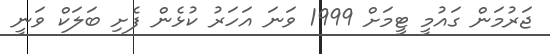
ޖަރުމަން ގައުމީ ޓީމަށް 1999 ވަނަ އަހަރު ކުޅެން ފެށި ބަލަކް ވަނީ